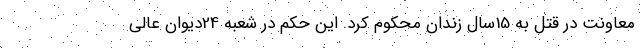
معاونت در قتل به 15سال زندان محکوم کرد. این حکم در شعبه 24دیوان عالی